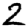
Digit: 2